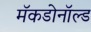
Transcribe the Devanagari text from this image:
मॅकडोनॉल्ड